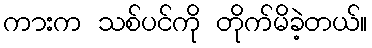
ကားက သစ်ပင်ကို တိုက်မိခဲ့တယ်။